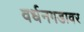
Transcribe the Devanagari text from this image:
वर्धनगडावर